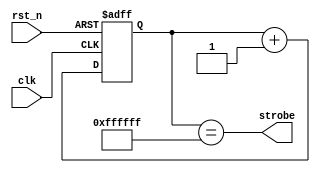
module strobe_gen
#( parameter div=24 )
(
 input  clk,
 input  rst_n,
 output strobe
);
  
  reg [div-1:0] cnt;
  
  always@(posedge clk or negedge rst_n)
    if(!rst_n)
      cnt <= {div{1'b0}};
    else
      cnt <= cnt + {{(div-1){1'b0}},1'b1};

    assign strobe = (cnt[div-1:0] == {div{1'b1}});
    
endmodule